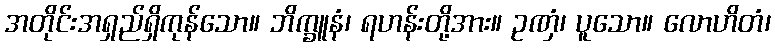
အတိုင်းအရှည်ရှိကုန်သော။ ဘိက္ခူနံ၊ ရဟန်းတို့အား။ ဥဏှံ၊ ပူသော။ လောဟိတံ၊